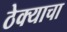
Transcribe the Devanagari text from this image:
ठेक्याचा